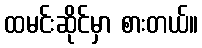
ထမင်းဆိုင်မှာ စားတယ်။